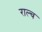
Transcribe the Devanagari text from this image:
राल्च